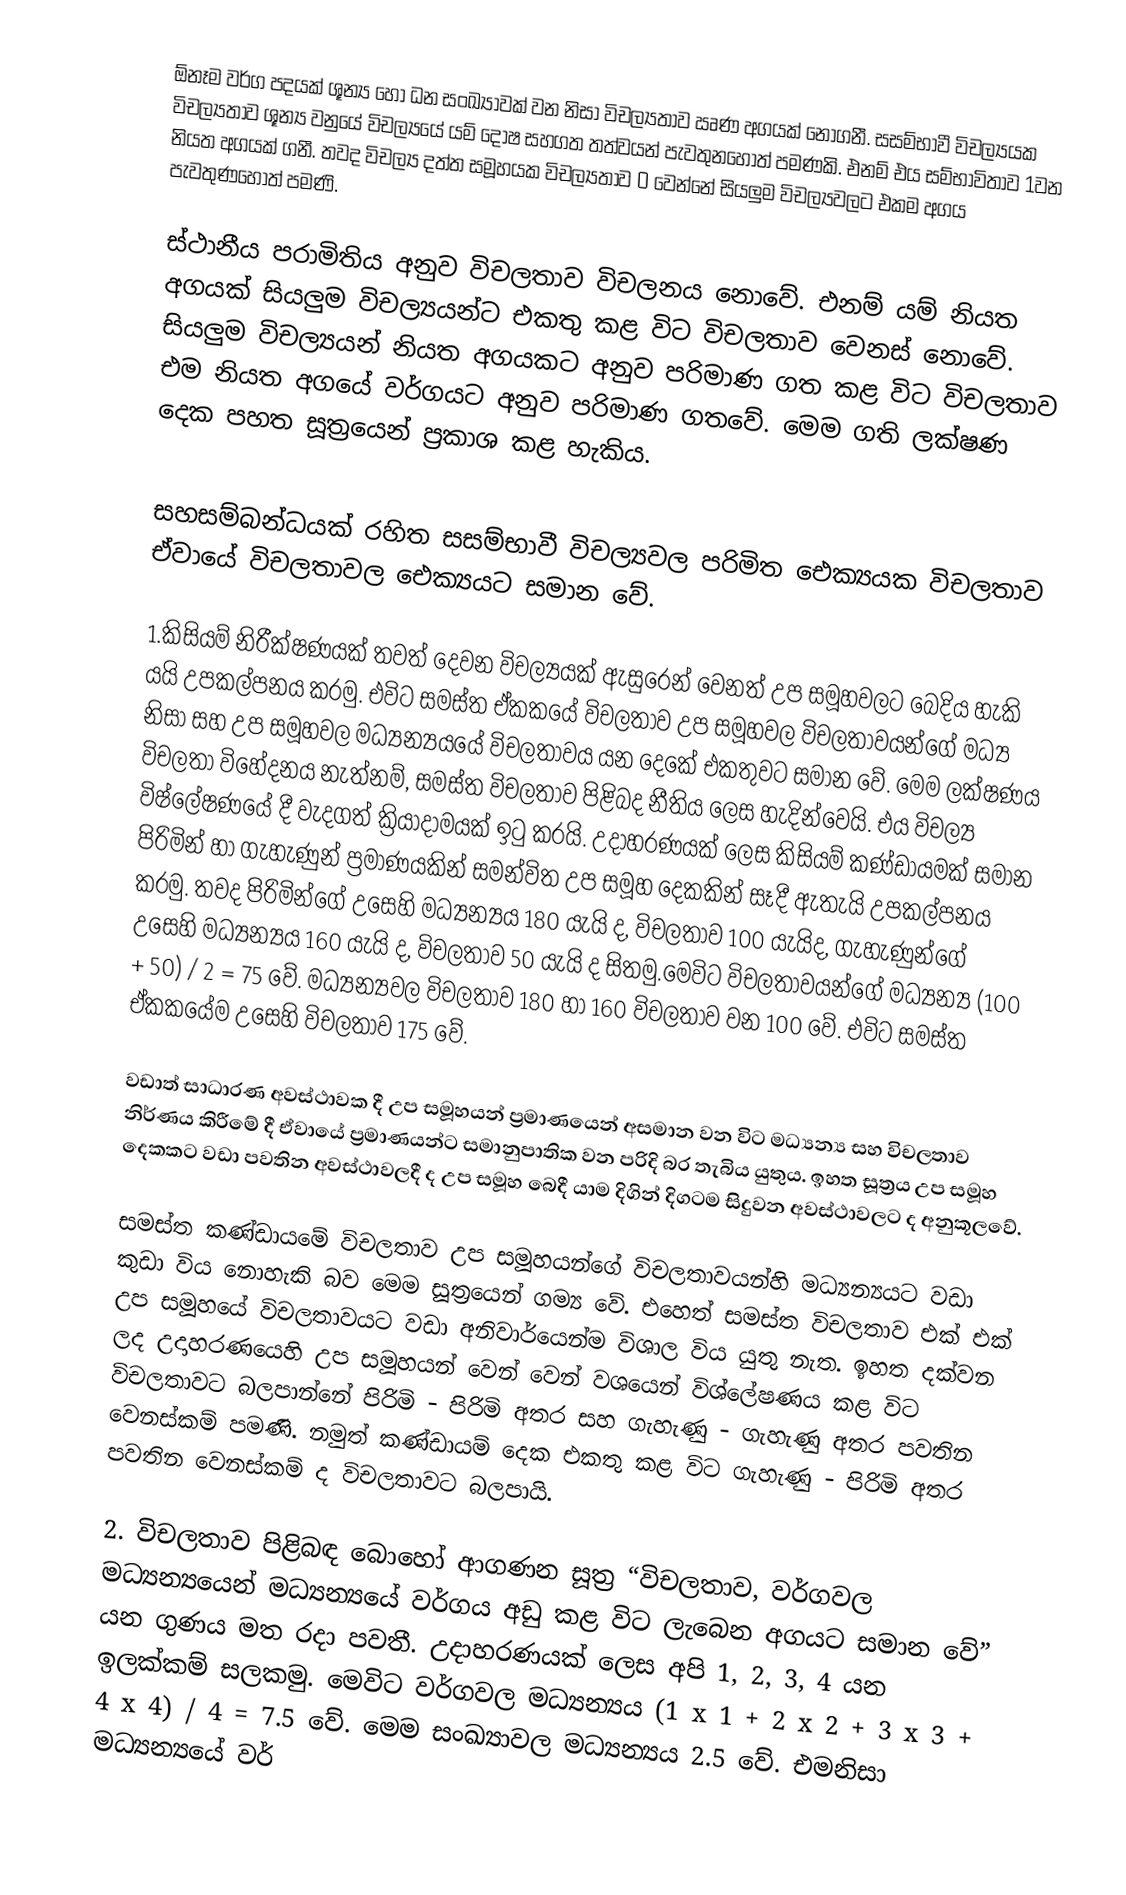
ඕනෑම වර්ග පදයක් ශූන්‍ය හෝ ධන සංඛ්‍යාවක් වන නිසා විචල්‍යතාව ඍණ අගයක් නොගනී. සසම්භාවී විචල්‍යයක විචල්‍යතාව ශූන්‍ය වනුයේ විචල්‍යයේ යම් දෝෂ සහගත තත්වයන් පැවතුනහොත් පමණකි. එනම් එය සම්භාවිතාව 1වන  නියත අගයක් ගනී. තවද විචල්‍ය දත්ත සමූහයක විචල්‍යතාව 0 වෙන්නේ සියලුම විචල්‍යවලට එකම අගය පැවතුණහොත් පමණි.

ස්ථානීය පරාමිතිය අනුව විචලතාව විචලනය නොවේ. එනම් යම් නියත අගයක් සියලුම විචල්‍යයන්ට එකතු කළ විට විචලතාව වෙනස් නොවේ.  සියලුම විචල්‍යයන් නියත අගයකට අනුව පරිමාණ ගත කළ විට විචලතාව එම නියත අගයේ වර්ගයට අනුව පරිමාණ ගතවේ. මෙම ගති ලක්ෂණ දෙක පහත සූත්‍රයෙන් ප්‍රකාශ කළ හැකිය.

සහසම්බන්ධයක් රහිත සසම්භාවී විචල්‍යවල පරිමිත ඓක්‍යයක විචලතාව ඒවායේ විචලතාවල  ඓක්‍යයට සමාන වේ.

1.කිසියම් නිරීක්ෂණයක් තවත් දෙවන විචල්‍යයක් ඇසුරෙන් වෙනත් උප සමූහවලට බෙදිය හැකි යයි උපකල්පනය කරමු. එවිට සමස්ත ඒකකයේ විචලතාව උප සමූහවල විචලතාවයන්ගේ මධ්‍ය නිසා සහ උප සමූහවල මධ්‍යන්‍යයයේ විචලතාවය යන දෙකේ එකතුවට සමාන වේ. මෙම ලක්ෂණය විචලතා විහේදනය නැත්නම්, සමස්ත විචලතාව පිළිබද නීතිය ලෙස හැදින්වෙයි. එය විචල්‍ය විෂ්ලේෂණයේ දී වැදගත් ක්‍රියාදාමයක් ඉටු කරයි. උදාහරණයක් ලෙස කිසියම් කණ්ඩායමක් සමාන පිරිමින් හා ගැහැණුන් ප්‍රමාණයකින් සමන්විත උප සමූහ දෙකකින් සෑදී ඇතැයි උපකල්පනය කරමු. තවද පිරිමින්ගේ උසෙහි මධ්‍යන්‍යය 180 යැයි ද, විචලතාව 100 යැයිද, ගැහැණුන්ගේ උසෙහි මධ්‍යන්‍යය 160 යැයි ද, විචලතාව 50 යැයි ද සිතමු.මෙවිට විචලතාවයන්ගේ මධ්‍යන්‍ය (100 + 50) / 2 = 75 වේ. මධ්‍යන්‍යවල විචලතාව 180 හා 160 විචලතාව වන 100 වේ. එවිට සමස්ත ඒකකයේම උසෙහි විචලතාව 175 වේ.

වඩාත් සාධාරණ අවස්ථාවක දී උප සමූහයන් ප්‍රමාණයෙන් අසමාන වන විට මධ්‍යන්‍ය සහ විචලතාව නිර්ණය කිරීමේ දී ඒවායේ ප්‍රමාණයන්ට සමානුපාතික වන පරිදි බර තැබිය යුතුය. ඉහත සූත්‍රය උප සමූහ දෙකකට වඩා පවතින අවස්ථාවලදී ද උප සමූහ බෙදී යාම දිගින් දිගටම සිදුවන අවස්ථාවලට ද අනුකූලවේ.

සමස්ත කණ්ඩායමේ විචලතාව උප සමූහයන්ගේ විචලතාවයන්හි මධ්‍යන්‍යයට වඩා කුඩා විය නොහැකි බව මෙම සූත්‍රයෙන් ගම්‍ය වේ. එහෙත් සමස්ත විචලතාව එක් එක් උප සමූහයේ විචලතාවයට වඩා අනිවාර්යෙන්ම විශාල විය යුතු නැත. ඉහත දක්වන ලද උදාහරණයෙහි උප සමූහයන් වෙන් වෙන් වශයෙන් විශ්ලේෂණය කළ විට විචලතාවට බලපාන්නේ පිරිමි - පිරිමි අතර සහ ගැහැණු - ගැහැණු අතර පවතින වෙනස්කම් පමණි. නමුත් කණ්ඩායම් දෙක එකතු කළ විට ගැහැණු - පිරිමි අතර පවතින වෙනස්කම් ද විචලතාවට බලපායි.

2.	විචලතාව පිළිබඳ බොහෝ ආගණන සූත්‍ර “විචලතාව, වර්ගවල මධ්‍යන්‍යයෙන් මධ්‍යන්‍යයේ වර්ගය අඩු කළ විට ලැබෙන අගයට සමාන වේ” යන ගුණය මත රදා පවතී. උදාහරණයක් ලෙස අපි 1, 2, 3, 4 යන ඉලක්කම් සලකමු. මෙවිට වර්ගවල මධ්‍යන්‍යය (1 x 1 + 2 x 2 + 3 x 3 + 4 x 4) / 4 = 7.5 වේ. මෙම සංඛ්‍යාවල මධ්‍යන්‍යය 2.5 වේ. එමනිසා මධ්‍යන්‍යයේ වර්